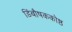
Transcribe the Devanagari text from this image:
डिंबौषककोष्ठ